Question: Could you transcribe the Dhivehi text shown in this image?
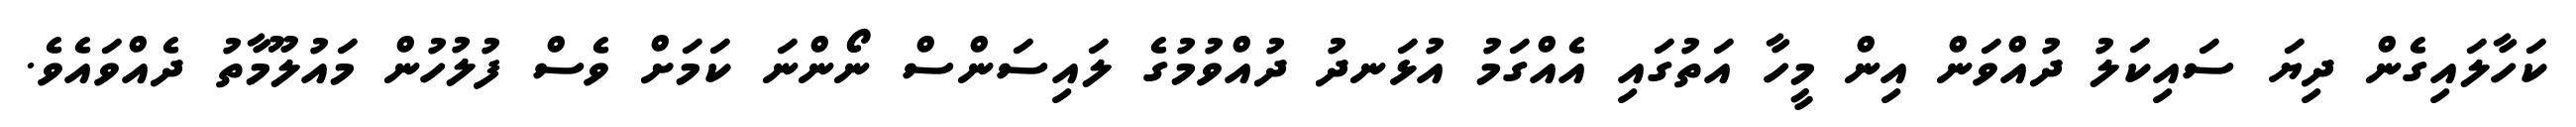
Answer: ކަހާލައިގެން ދިޔަ ސައިކަލު ދުއްވަން އިން މީހާ އަތުގައި އެއްގަމު އުޅަނދު ދުއްވުމުގެ ލައިސަންސް ނޯންނަ ކަމަށް ވެސް ފުލުހުން މައުލޫމާތު ދެއްވައެވެ.